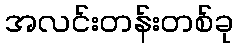
အလင်းတန်းတစ်ခု